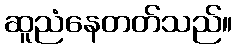
ဆူညံနေတတ်သည်။